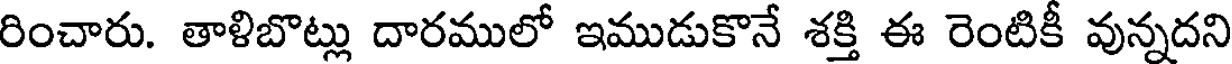
రించారు. తాళిబొట్లు దారములో ఇముడుకొనే శక్తి ఈ రెంటికీ వున్నదని